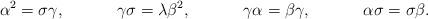
LaTeX: \begin{align*}\alpha^2 &= \sigma \gamma, &\gamma \sigma &= \lambda \beta^2, &\gamma \alpha &= \beta \gamma, &\alpha \sigma &= \sigma \beta.\end{align*}